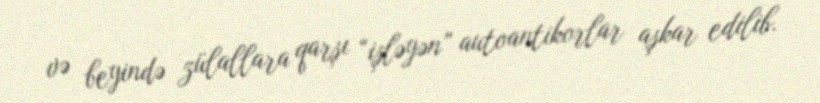
və beyində zülallara qarşı “işləyən” autoantikorlar aşkar edilib.